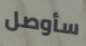
سأوصل